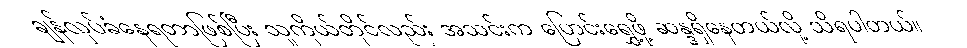
ချန်လှပ်ခံနေရတာဖြစ်ပြီး သူကိုယ်တိုင်လည်း အသင်းက ပြောင်းရွှေ့ဖို့ ဆန္ဒရှိနေတယ်လို့ သိရပါတယ်။